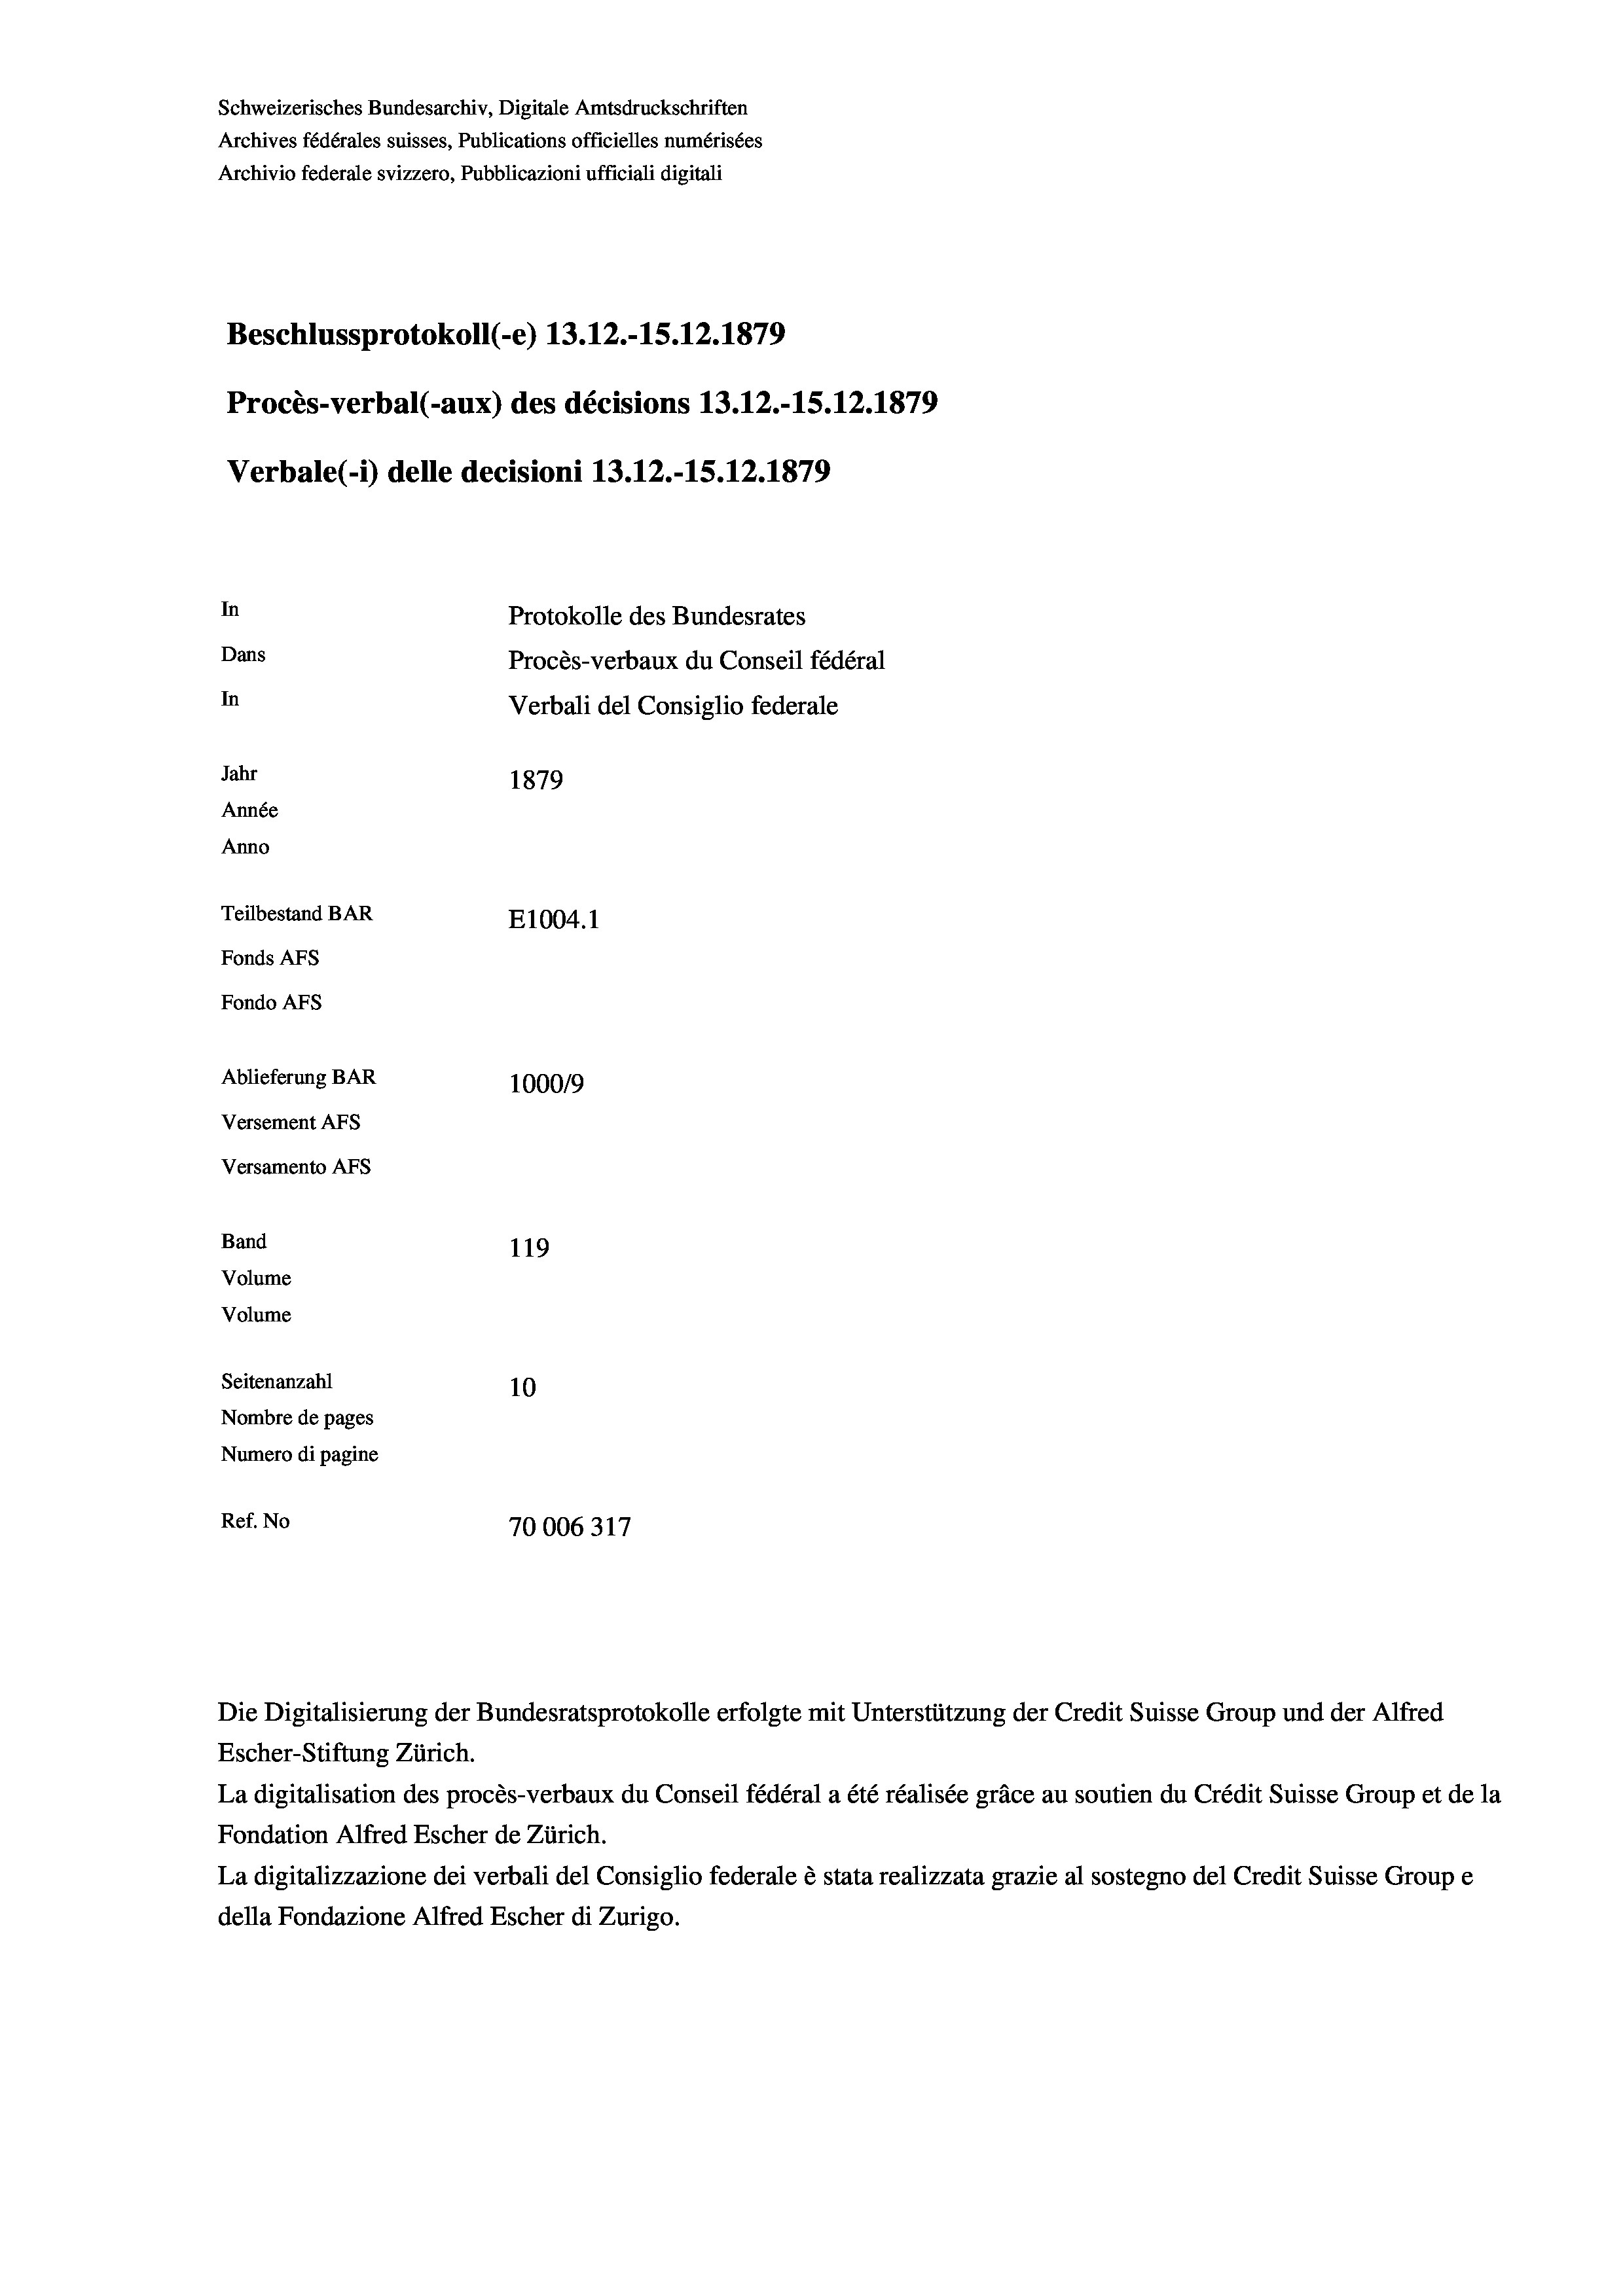
Schweizerisches Bundesarchiv, Digitale Amtsdruckschriften
Archives fédérales suisses, Publications officielles numérisées
Archivio federale svizzero, Pubblicazioni ufficiali digitali
Beschlussprotokoll (-e) 13.12.-15.12.1879
Procès-verbal (-aux) des décisions 13.12.-15.12.1879
Verbale (i) delle decisioni 13.12.-15. 12. 1879
In
Protokolle des Bundesrates
Dans
Procès-verbaux du Conseil fédéral
In
Verbali del Consiglio federale
Jahr
1879
Année
Anno
Teilbestand BAR
E1004.1
Fonds Afs
Fondo AFs
Ablieferung BAR
100019
Versement AFs
Versamento Afs
Band
119
Volume
Volume
Seitenanzahl
10
Nombre de pages
Numero di pagine
Ref. No
70006317

Escher-Stiftung Zürich.
La digitalisation des procès-verbaux du Conseil fédéral a été réalisée gräce au soutien du Crédit Suisse Group et de la
Fondation Alfred Escher de Zürich.
La digitalizzazione dei verbali del Consiglio federale è stata realizzata grazie al sostegno del Credit Suisse Groupe
della Fondazione Alfred Escher di Zurigo.

Die Digitalisierung der Bundesratsprotokolle erfolgte mit Unterstützung der Credit Suisse Group und der Alfred